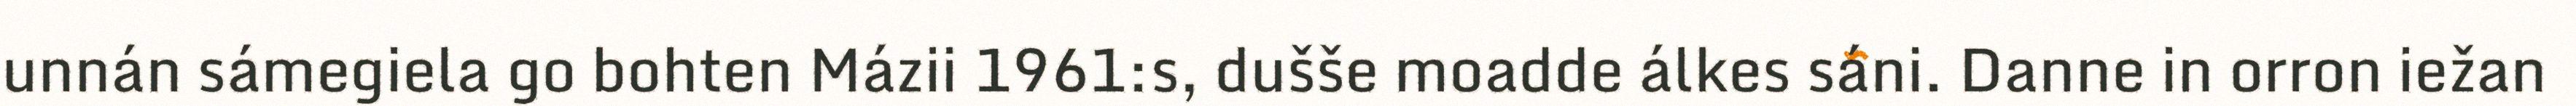
unnán sámegiela go bohten Mázii 1961:s, dušše moadde álkes sáni. Danne in orron iežan